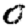
Digit: 0